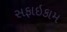
સફાઇકામ